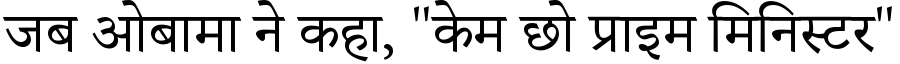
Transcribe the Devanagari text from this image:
जब ओबामा ने कहा, "केम छो प्राइम मिनिस्टर"